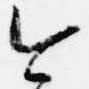
今